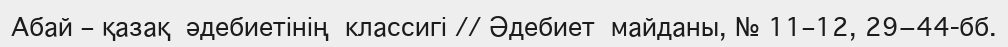
Абай – қазақ  әдебиетінің  классигі // Әдебиет  майданы, № 11–12, 29−44-бб.